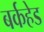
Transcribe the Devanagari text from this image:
बर्कहेड